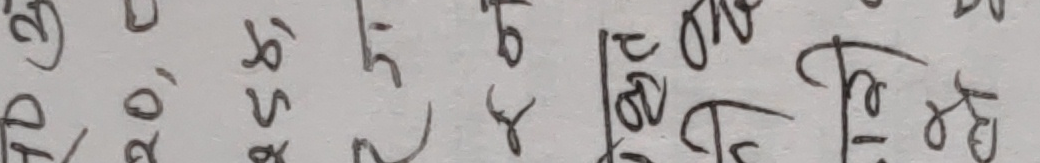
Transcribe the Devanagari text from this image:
२०, ८९, ८५, ५१ र टी